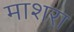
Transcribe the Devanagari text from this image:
माशरा